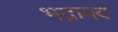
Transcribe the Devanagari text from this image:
भद्रापद